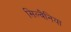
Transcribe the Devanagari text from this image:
सिल्वैनिया